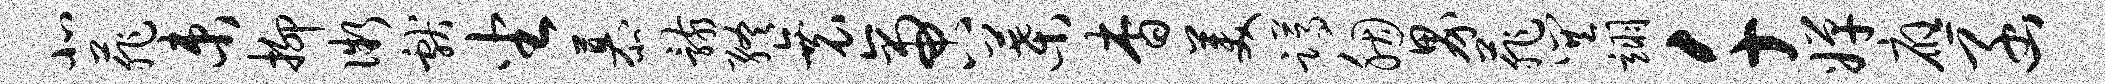
北菲束抑微献坐慕骸终衰啻叶杳美蹲胭界菲巽翊千婵应函